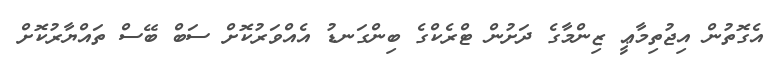
އެގޮތުން އިޖުތިމާޢީ ޒިންމާގެ ދަށުން ޓްރެކްގެ ބިންގަނޑު އެއްވަރުކޮށް ސަބް ބޭސް ތައްޔާރުކޮށް